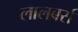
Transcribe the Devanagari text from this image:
लालबर्रा